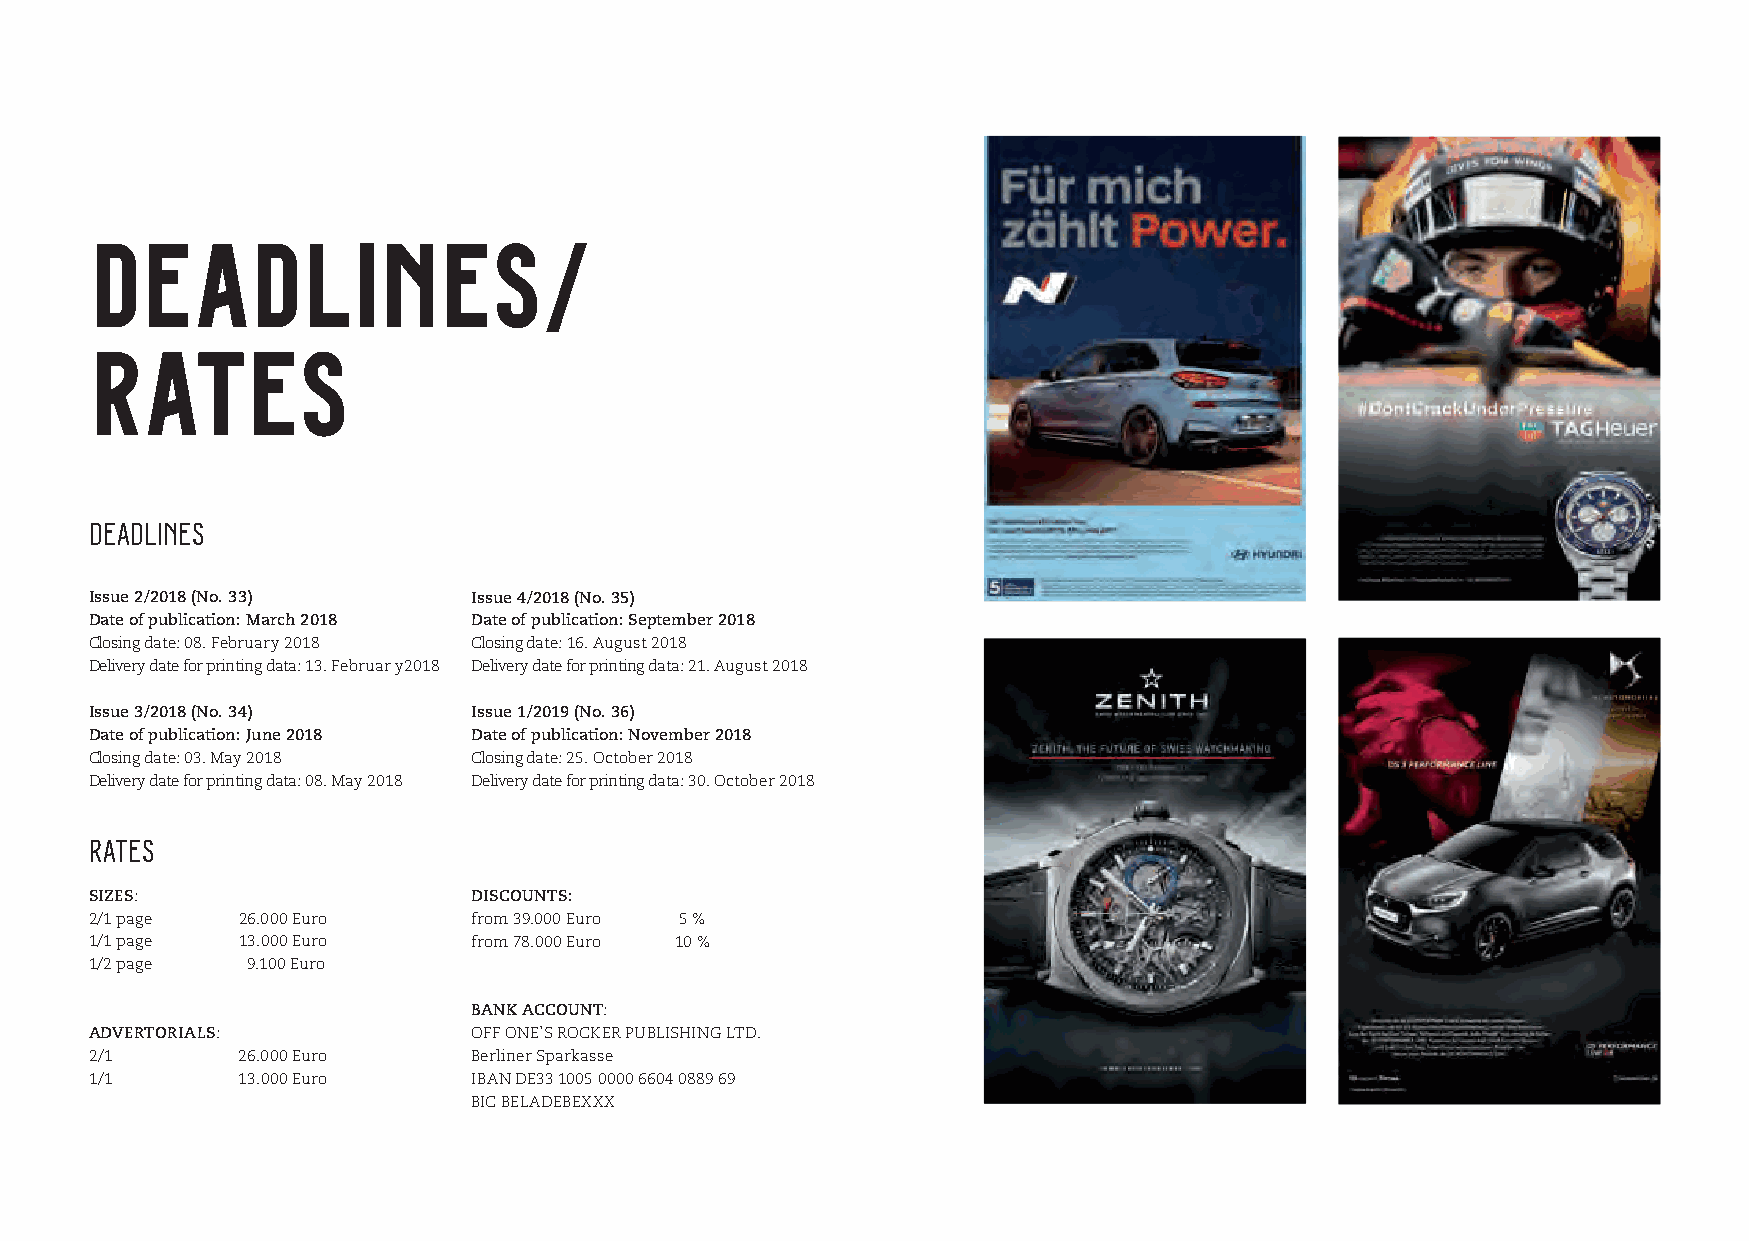
DEADLINES/
 RATES
 DEADLINES
 Issue 2/2018 (No. 33)    Issue 4/2018 (No. 35)
 Date of publication: March 2018 Date of publication: September 2018
 Closing date: 08. February 2018 Closing date: 16. August 2018
 Delivery date for printing data: 13. Februar y2018 Delivery date for printing data: 21. August 2018
 Issue 3/2018 (No. 34)    Issue 1/2019 (No. 36)
 Date of publication: June 2018 Date of publication: November 2018
 Closing date: 03. May 2018 Closing date: 25. October 2018
 Delivery date for printing data: 08. May 2018 Delivery date for printing data: 30. October 2018
 RATES
 SIZES:                   DISCOUNTS:
 2/1 page  26.000 Euro    from 39.000 Euro 5 %
 1/1 page  13.000 Euro    from 78.000 Euro 10 %
 1/2 page  9.100 Euro
 BANK ACCOUNT:
 ADVERTORIALS:            OFF ONE’S ROCKER PUBLISHING LTD.
 2/1       26.000 Euro    Berliner Sparkasse
 1/1       13.000 Euro    IBAN DE33 1005 0000 6604 0889 69
 BIC BELADEBEXXX